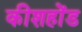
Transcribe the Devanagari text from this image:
कीशहोंड